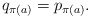
\begin{align*}q_{\pi(a)} = p_{\pi(a)}.\end{align*}